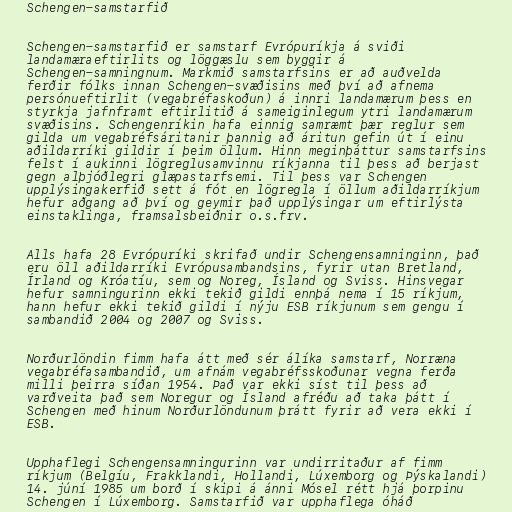
Schengen-samstarfið

Schengen-samstarfið er samstarf Evrópuríkja á sviði
landamæraeftirlits og löggæslu sem byggir á
Schengen-samningnum. Markmið samstarfsins er að auðvelda
ferðir fólks innan Schengen-svæðisins með því að afnema
persónueftirlit (vegabréfaskoðun) á innri landamærum þess en
styrkja jafnframt eftirlitið á sameiginlegum ytri landamærum
svæðisins. Schengenríkin hafa einnig samræmt þær reglur sem
gilda um vegabréfsáritanir þannig að áritun gefin út í einu
aðildarríki gildir í þeim öllum. Hinn meginþáttur samstarfsins
felst í aukinni lögreglusamvinnu ríkjanna til þess að berjast
gegn alþjóðlegri glæpastarfsemi. Til þess var Schengen
upplýsingakerfið sett á fót en lögregla í öllum aðildarríkjum
hefur aðgang að því og geymir það upplýsingar um eftirlýsta
einstaklinga, framsalsbeiðnir o.s.frv.

Alls hafa 28 Evrópuríki skrifað undir Schengensamninginn, það
eru öll aðildarríki Evrópusambandsins, fyrir utan Bretland,
Írland og Króatíu, sem og Noreg, Ísland og Sviss. Hinsvegar
hefur samningurinn ekki tekið gildi ennþá nema í 15 ríkjum,
hann hefur ekki tekið gildi í nýju ESB ríkjunum sem gengu í
sambandið 2004 og 2007 og Sviss.

Norðurlöndin fimm hafa átt með sér álíka samstarf, Norræna
vegabréfasambandið, um afnám vegabréfsskoðunar vegna ferða
milli þeirra síðan 1954. Það var ekki síst til þess að
varðveita það sem Noregur og Ísland afréðu að taka þátt í
Schengen með hinum Norðurlöndunum þrátt fyrir að vera ekki í
ESB.

Upphaflegi Schengensamningurinn var undirritaður af fimm
ríkjum (Belgíu, Frakklandi, Hollandi, Lúxemborg og Þýskalandi)
14. júní 1985 um borð í skipi á ánni Mósel rétt hjá þorpinu
Schengen í Lúxemborg. Samstarfið var upphaflega óháð